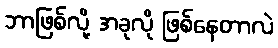
ဘာဖြစ်လို့ အခုလို ဖြစ်နေတာလဲ